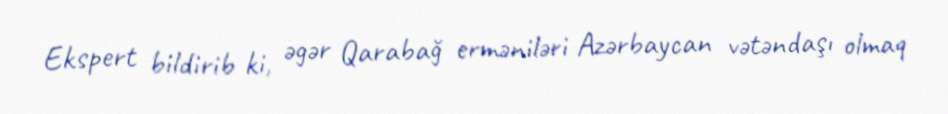
Ekspert bildirib ki, əgər Qarabağ erməniləri Azərbaycan vətəndaşı olmaq